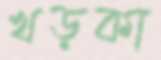
খড়কা